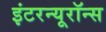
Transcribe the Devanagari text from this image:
इंटरन्यूरॉन्स